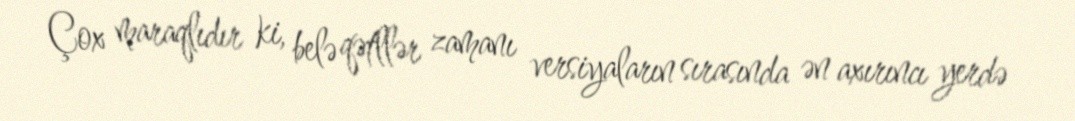
Çox maraqlıdır ki, belə qətllər zamanı versiyaların sırasında ən axırıncı yerdə